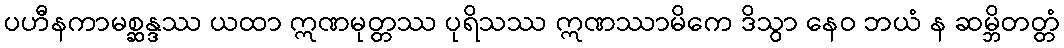
ပဟီနကာမစ္ဆန္ဒဿ ယထာ ဣဏမုတ္တဿ ပုရိသဿ ဣဏဿာမိကေ ဒိသွာ နေဝ ဘယံ န ဆမ္ဘိတတ္တံ